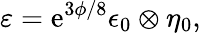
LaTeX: {\varepsilon=\mathrm{e}^{3\phi/8}\epsilon_{0}\otimes\eta_{0},}